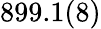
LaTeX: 899.1(8)